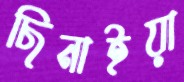
ছিনাইয়া